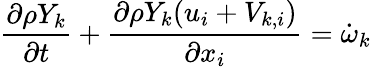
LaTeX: \frac{\partial\rho Y_{k}}{\partial t}+\frac{\partial\rho Y_{k}(u_{i}+V_{k,i})}{\partial x_{i}}=\dot{\omega}_{k}